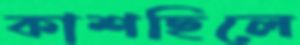
কাশছিলে